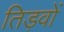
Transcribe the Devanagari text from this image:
तिड़वों